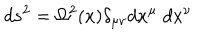
d s ^ { 2 } = \Omega ^ { 2 } ( x ) \delta _ { \mu \nu } d x ^ { \mu } \; d x ^ { \nu }